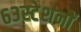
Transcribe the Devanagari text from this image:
६३स्टेशनों